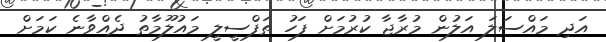
އަދި މައްސަލަ އަލުން މުރާޖާ ކުރުމަށް ފަހު ތަފްސީލީ މައުލޫމާތު ދެއްވާނެ ކަމަށް